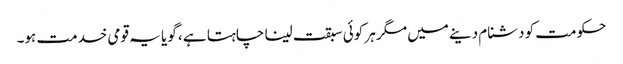
حکومت کو دشنام دینے میں مگر ہر کوئی سبقت لینا چاہتا ہے ، گویا یہ قومی خدمت ہو۔